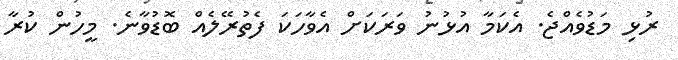
ރުޅި މަޑުވެއްޖެ. އެކަމާ އުޅުނު ވަރަކަށް އެވާހަކަ ފެތުރޭލެއް ބޮޑުވާނެ. މީހުން ކުރާ